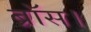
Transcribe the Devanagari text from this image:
ब्रॉस।